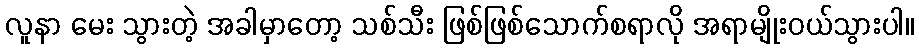
လူနာ မေး သွားတဲ့ အခါမှာတော့ သစ်သီး ဖြစ်ဖြစ်သောက်စရာလို အရာမျိုးဝယ်သွားပါ။